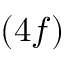
( 4 f )